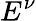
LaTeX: E^{\nu}